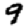
Digit: 9